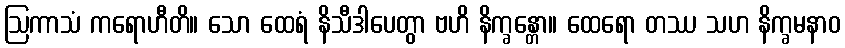
ဩကာသံ ကရောဟီတိ။ သော ထေရံ နိသီဒါပေတွာ ဗဟိ နိက္ခန္တော။ ထေရော တဿ သဟ နိက္ခမနာဝ